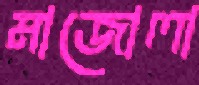
মাজোলা